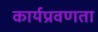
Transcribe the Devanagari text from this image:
कार्यप्रवणता